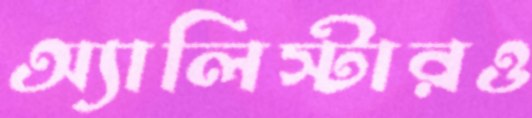
অ্যালিস্টারও